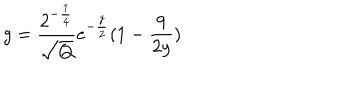
LaTeX: g = \frac { 2 ^ { - \frac { 1 } { 4 } } } { \sqrt { Q } } e ^ { - \frac { y } { 2 } } ( 1 - \frac { 9 } { 2 y } )